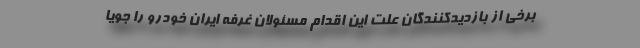
برخی از بازدیدکنندگان علت این اقدام مسئولان غرفه ایران خودرو را جویا